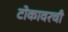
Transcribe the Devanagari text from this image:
टोकावरची